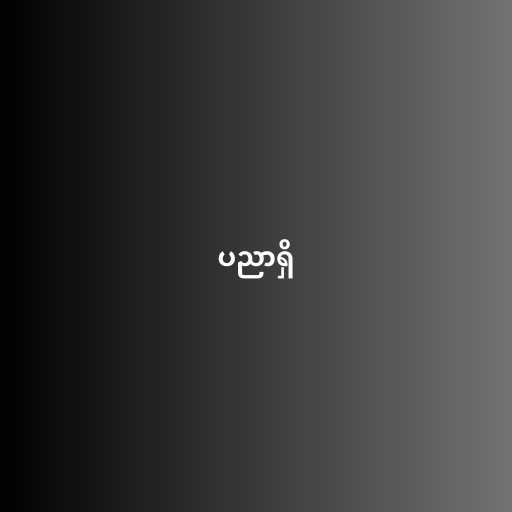
ပညာရှိ